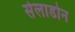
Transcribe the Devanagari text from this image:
सेलाडोन